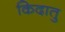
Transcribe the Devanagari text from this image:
किदातु